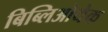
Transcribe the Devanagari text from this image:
बिब्लिओथेक